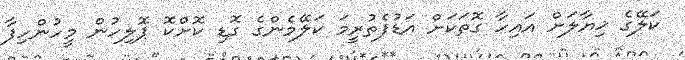
ކަލޭގެ ޚިޔާލަށް އައިހާ ގޮތަކަށް އަޑުފެތުރީމަ ކަލޭމެންގެ ގޮޑި ކޮށްކޮ ޕޮލިހުން މީހުންހިފާ